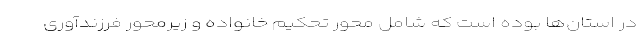
در استان‌ها بوده است که شامل محور تحکیم خانواده و زیرمحور فرزندآوری